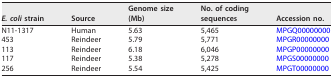
<table><thead><tr><td><b><i>E. coli</i> strain </b></td><td><b>Source</b></td><td><b>Genome size (Mb)</b></td><td><b>No. of coding sequences</b></td><td><b>Accession no.</b></td></tr></thead><tbody><tr><td>N11-1317</td><td>Human</td><td>5.63</td><td>5,465</td><td>MPGQ00000000</td></tr><tr><td>453</td><td>Reindeer</td><td>5.79</td><td>5,771</td><td>MPGR00000000</td></tr><tr><td>113</td><td>Reindeer</td><td>6.18</td><td>6,046</td><td>MPGP00000000</td></tr><tr><td>117</td><td>Reindeer</td><td>5.38</td><td>5,278</td><td>MPGS00000000</td></tr><tr><td>256</td><td>Reindeer</td><td>5.54</td><td>5,425</td><td>MPGT00000000</td></tr></tbody></table>